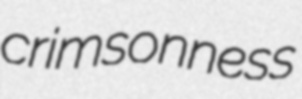
crimsonness